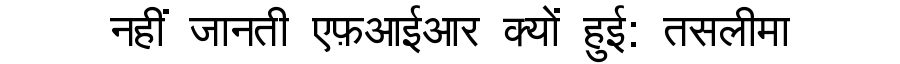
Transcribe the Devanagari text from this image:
नहीं जानती एफ़आईआर क्यों हुई: तसलीमा